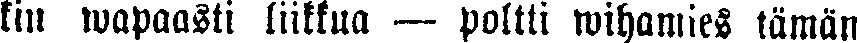
kin wapaasti liikkua — poltti wihamies tämän